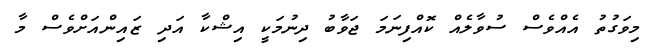
މިވަގުތު އެއްވެސް ސުވާލެއް ކޮއްފިނަމަ ޖަވާބު ދިނުމަކީ އިޝްކާ އަދި ޒައިންއަށްވެސް މާ